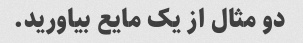
دو مثال از یک مایع بیاورید.